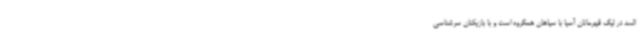
السد در لیگ قهرمانان آسیا با سپاهان همگروه است و با بازیکنان سرشناسی